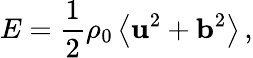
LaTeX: E=\frac{1}{2}\rho_{0}\left\langle{\mathbf u}^{2}+{\mathbf b}^{2}\right\rangle\, ,